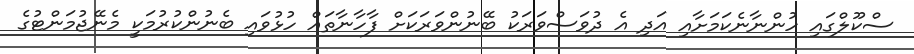
ސްކޫލްގައި ހުންނާނެކަމަށާއި އަދި އެ ދުވަސްވަރަކު ބޭނުންވަރަކަށް ފާހާނާތައް ހުޅުވައި ބެނުންކުރުމަކީ މެނޭޖުމަންޓުގެ